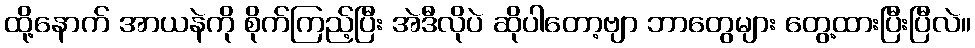
ထို့နောက် အာယနဲကို စိုက်ကြည့်ပြီး အဲဒီလိုပဲ ဆိုပါတော့ဗျာ ဘာတွေများ တွေ့ထားပြီးပြီလဲ။